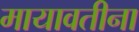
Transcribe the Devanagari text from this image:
मायावतीना